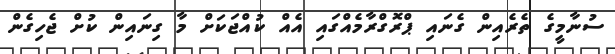
ސުނާމީގެ ތެރެއިން ގެނައި ޕްރޮގްރާމެއްގައި އެއް ކުއްޖަކަށް މާ ގިނައިން ކުށް ޖެހިގެން